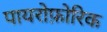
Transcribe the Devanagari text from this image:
पायरोफ़ोरिक